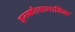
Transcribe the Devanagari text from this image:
इनको।सामाजिक